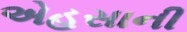
એહસાની